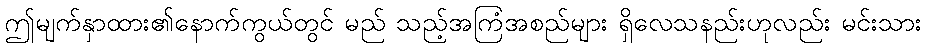
ဤမျက်နှာထား၏နောက်ကွယ်တွင် မည် သည့်အကြံအစည်များ ရှိလေသနည်းဟုလည်း မင်းသား